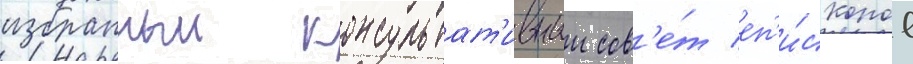
избранныи консультат'ивныи сов'е́т еп'и́скопов